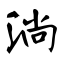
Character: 淌